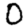
Digit: 0